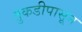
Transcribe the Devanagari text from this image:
तुकडीपासून